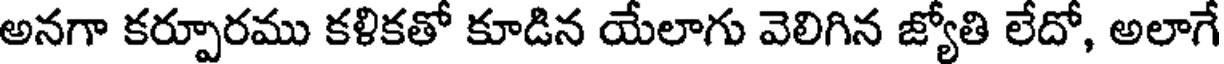
అనగా కర్పూరము కళికతో కూడిన యేలాగు వెలిగిన జ్యోతి లేదో, అలాగే